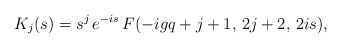
\begin{align*}K_j(s) =s^j\,e^{-is}\,F(-igq +j +1,\, 2j+2,\, 2is),\end{align*}